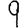
Digit: 9